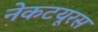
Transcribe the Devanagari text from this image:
नेकटयूरस